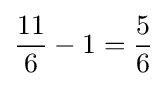
{\frac {11}{6}}-1={\frac {5}{6}}